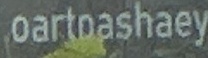
oartpashaey